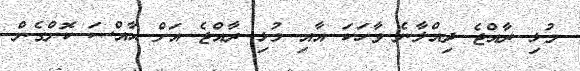
މުޅި ރާއްޖެ ދިއްލާނެ ވާހަކަ އާއި މުޅި ރާއްޖެ އަށް ޙާއްސަ ކޮށްގެން